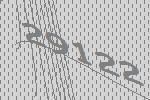
29122